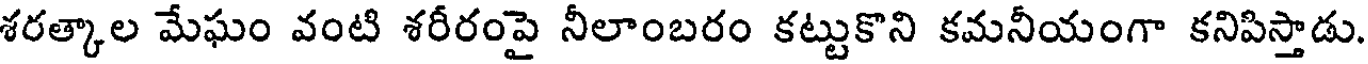
శరత్కాల మేఘం వంటి శరీరంపై నీలాంబరం కట్టుకొని కమనీయంగా కనిపిస్తాడు.